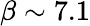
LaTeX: \beta\sim 7.1